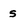
Character: s